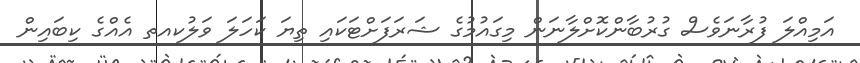
އަމިއްލަ ފުރާނަވެސް ގުރުބާންކޮށްލާނަން މިގައުމުގެ ޝަރަފަށްޓަކައި ތިޔަ ކަހަލަ ވަލުކއތ އެއްގެ ކިބައިން